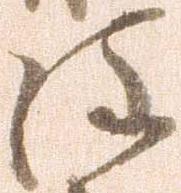
注